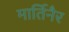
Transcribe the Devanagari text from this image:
मार्तिनैर